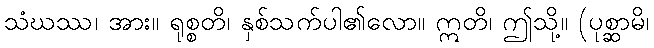
သံဃဿ၊ အား။ ရုစ္စတိ၊ နှစ်သက်ပါ၏လော။ ဣတိ၊ ဤသို့။ (ပုစ္ဆာမိ၊